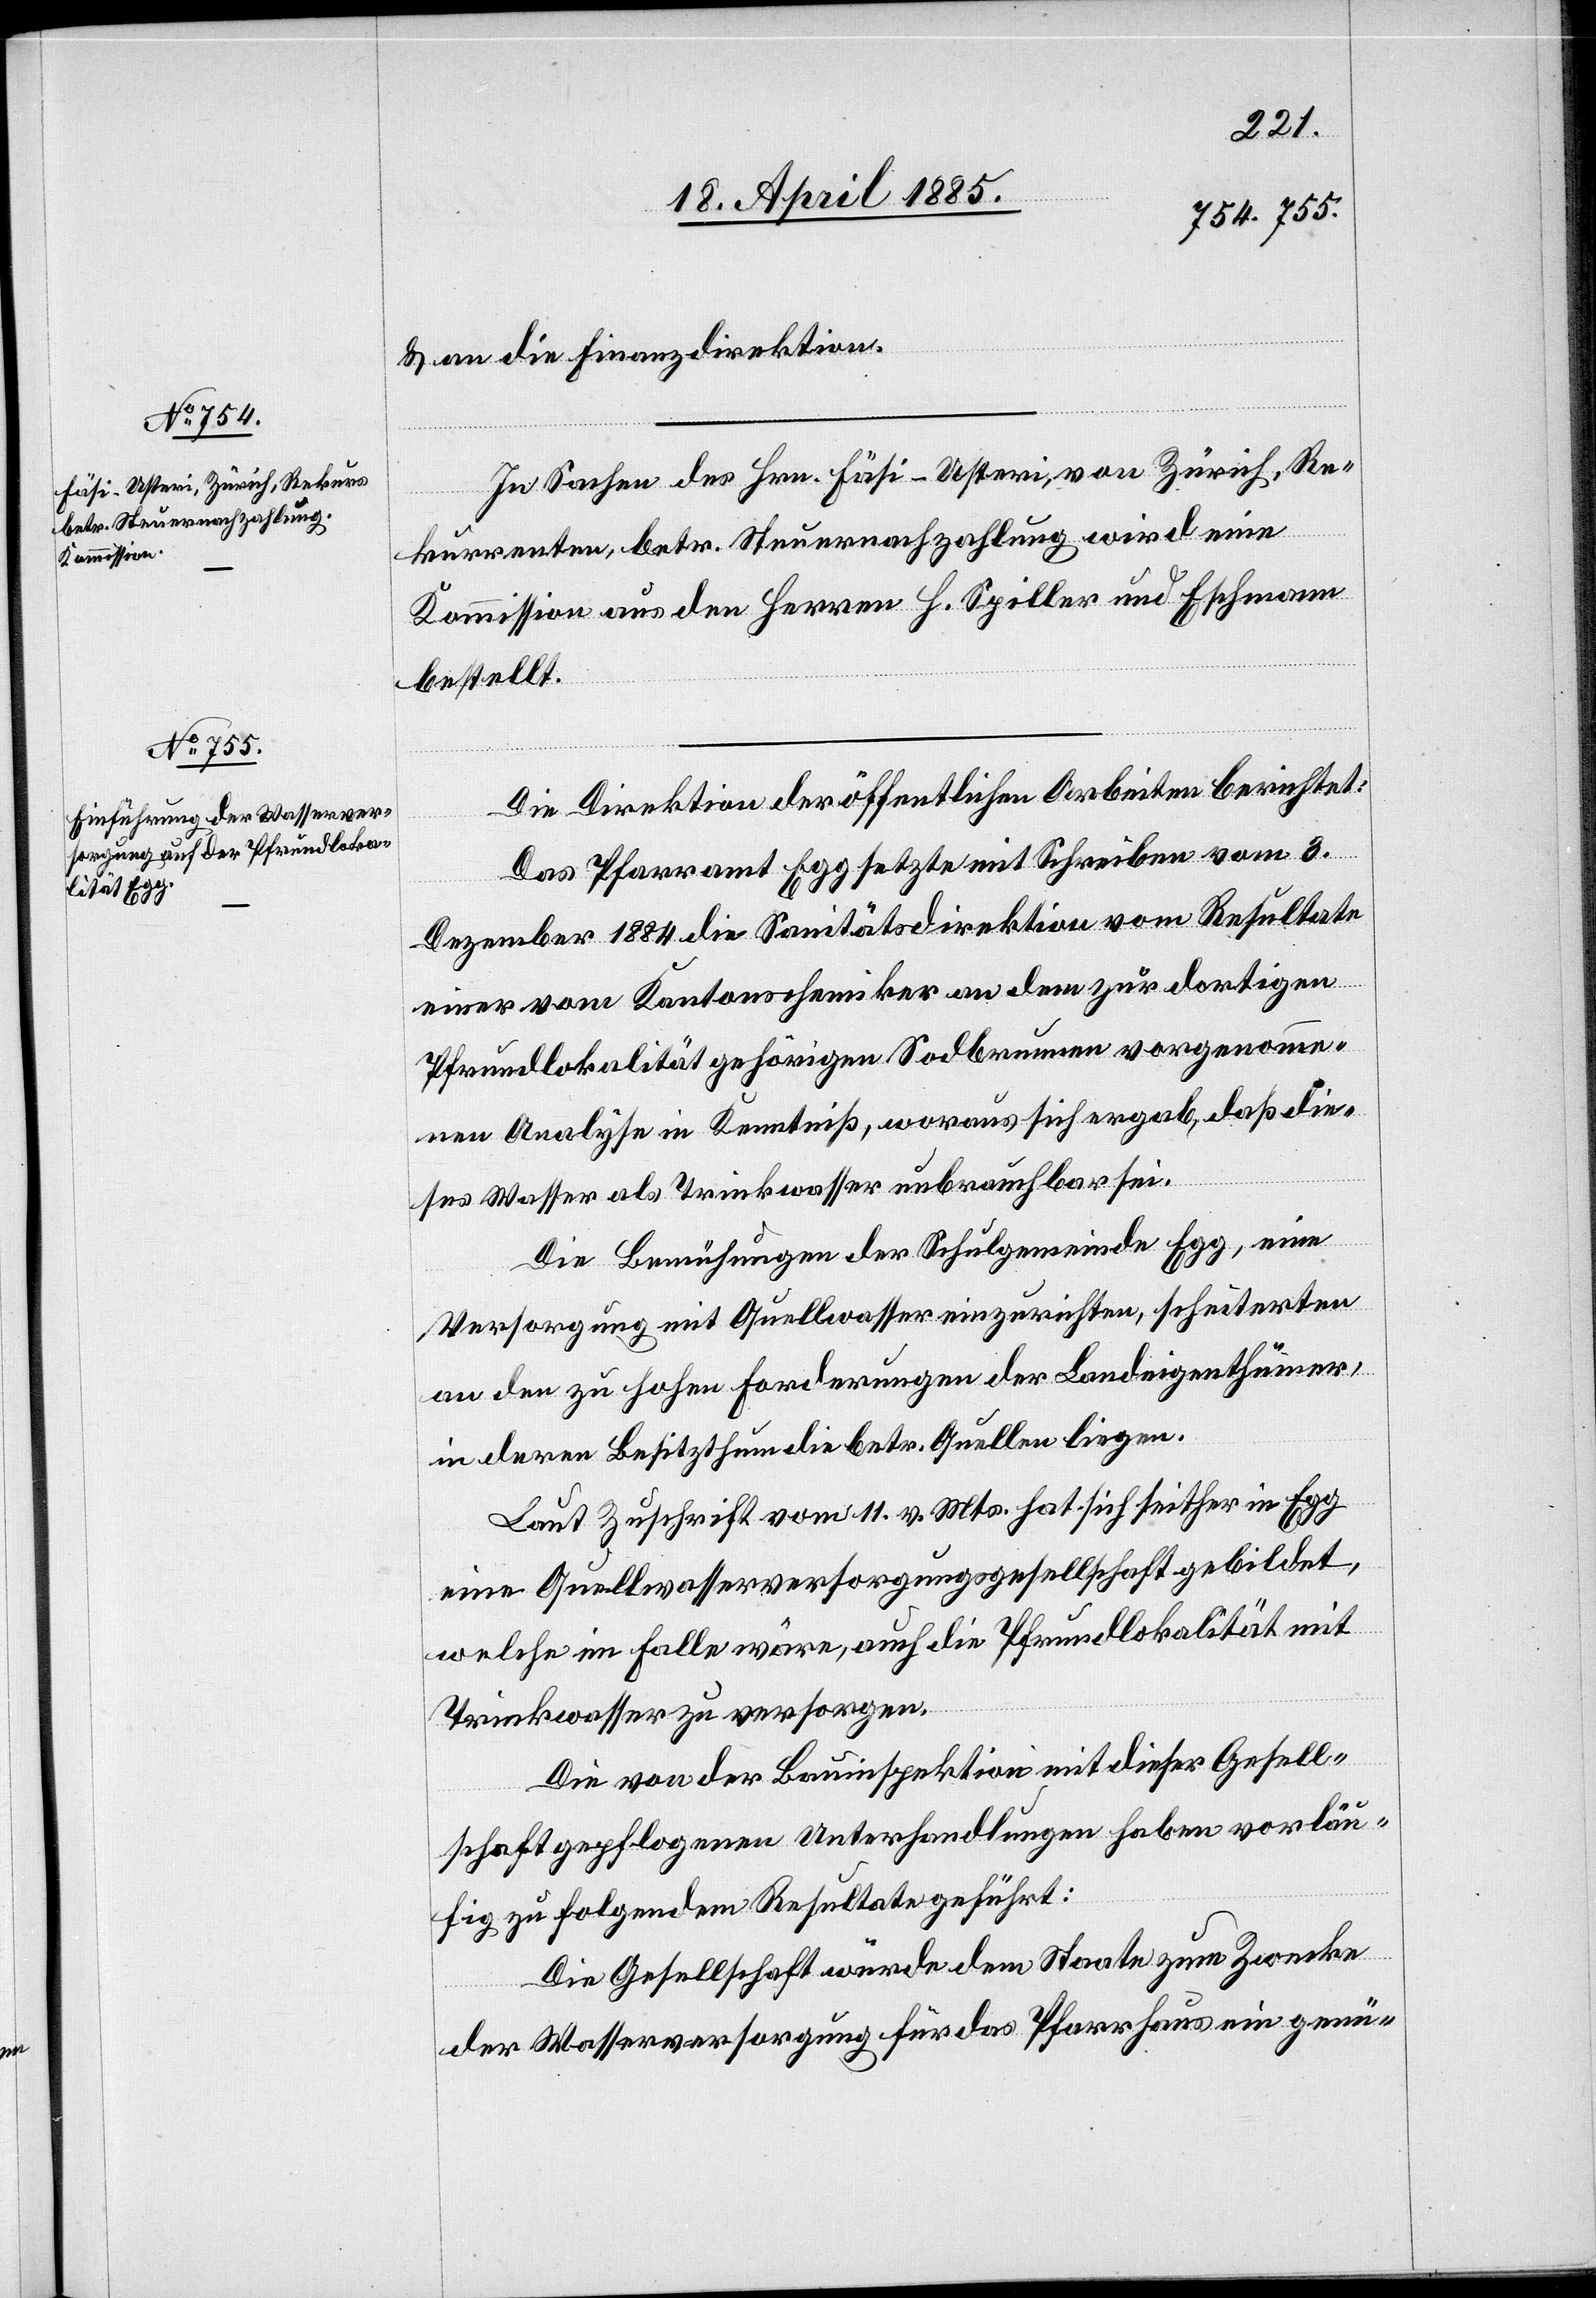
& an die Finanzdirektion.
In Sachen des Hrn. Fäsi-Usteri, von Zürich, Re¬
kurrenten, betr. Steuernachzahlung wird eine
Kommission aus den Herren H. Spiller und Eschmann
bestellt.
Die Direktion der öffentlichen Arbeiten berichtet:
Das Pfarramt Egg setzte mit Schreiben vom 3.
Dezember 1884 die Sanitätsdirektion vom Resultate
einer vom Kantonschemiker an dem zur dortigen
Pfrundlokalität gehörigen Sodbrunnen vorgenomme¬
nen Analyse in Kenntniß, woraus sich ergab, daß die¬
ses Wasser als Trinkwasser unbrauchbar sei.
Die Bemühungen der Schulgemeinde Egg, eine
Versorgung mit Quellwasser einzurichten, scheiterten
an den zu hohen Forderungen der Landeigenthümer,
in deren Besitzthum die betr. Quellen liegen.
Laut Zuschrift vom 11. v. Mts. hat sich seither in Egg
eine Quellwasserversorgungsgesellschaft gebildet,
welche im Falle wäre, auch die Pfrundlokalität mit
Trinkwasser zu versorgen.
Die von der Bauinspektion mit dieser Gesell¬
schaft gepflogenen Unterhandlungen haben vorläu¬
fig zu folgendem Resultate geführt:
Die Gesellschaft würde dem Staate zum Zwecke
der Wasserversorgung für das Pfarrhaus ein genü-